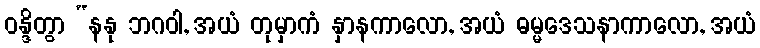
ဝန္ဒိတွာ “နနု ဘဂဝါ, အယံ တုမှာကံ နှာနကာလော, အယံ ဓမ္မဒေသနာကာလော, အယံ